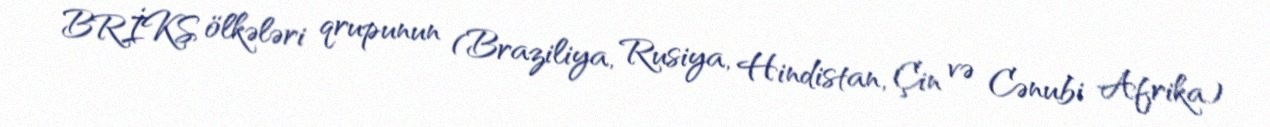
BRİKS ölkələri qrupunun (Braziliya, Rusiya, Hindistan, Çin və Cənubi Afrika)